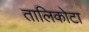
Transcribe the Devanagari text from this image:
तालिकोटा